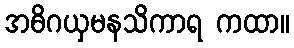
အဓိဂယှမနသိကာရ ကထာ။